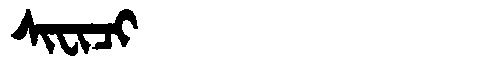
Manchu: ᠰᡳᠸᡳᠴᡳ
Romanization: SIFICI